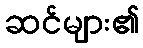
ဆင်များ၏